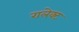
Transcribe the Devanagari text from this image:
रालेक्ट